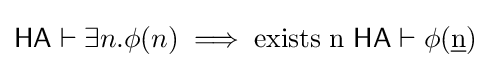
{\mathsf {HA}}\vdash \exists n.\phi (n)\implies {\text{exists}}\;{\mathrm {n} }\ {\mathsf {HA}}\vdash \phi ({\underline {\mathrm {n} }})